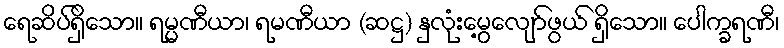
ရေဆိပ်ရှိသော။ ရမ္မဏီယာ၊ ရမဏီယာ (ဆဋ္ဌ) နှလုံးမွေ့လျော်ဖွယ် ရှိသော။ ပေါက္ခရဏီ၊